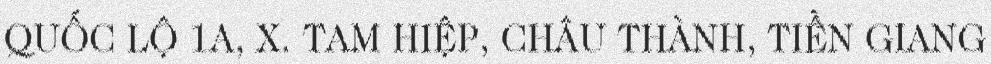
QUỐC LỘ 1A, X. TAM HIỆP, CHÂU THÀNH, TIỀN GIANG